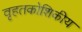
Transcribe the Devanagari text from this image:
वृहतकोशिकीय